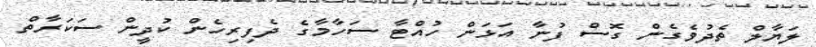
ލަޔާލް ތެދުވެގެން ގޮސް ފުނާ އަޅަން ހުއްޓާ ސަހާމާގެ ދެފިރިހެން ކުދީން ސަކަރާތް